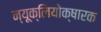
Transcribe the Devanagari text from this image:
न्यूक्लियोक्षारक